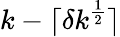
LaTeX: k-\lceil\delta k^{\frac{1}{2}}\rceil